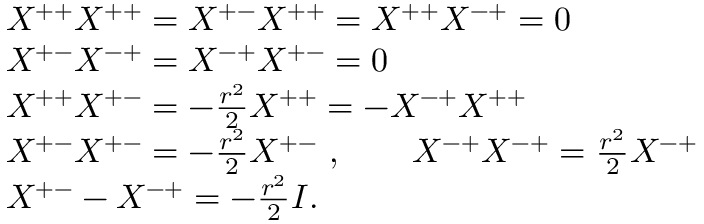
\begin{array} { r l } { { } } & { { X ^ { + + } X ^ { + + } = X ^ { + - } X ^ { + + } = X ^ { + + } X ^ { - + } = 0 } } \\ { { } } & { { X ^ { + - } X ^ { - + } = X ^ { - + } X ^ { + - } = 0 } } \\ { { } } & { { X ^ { + + } X ^ { + - } = - { \frac { r ^ { 2 } } { 2 } } X ^ { + + } = - X ^ { - + } X ^ { + + } } } \\ { { } } & { { X ^ { + - } X ^ { + - } = - { \frac { r ^ { 2 } } { 2 } } X ^ { + - } \ , \qquad X ^ { - + } X ^ { - + } = { \frac { r ^ { 2 } } { 2 } } X ^ { - + } } } \\ { { } } & { { X ^ { + - } - X ^ { - + } = - { \frac { r ^ { 2 } } { 2 } } I . } } \end{array}